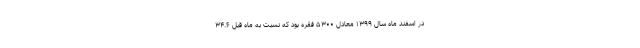
در اسفند ماه سال ۱۳۹۹ معادل ۵۳۰۰ فقره بود که نسبت به ماه قبل ۳۴.۶